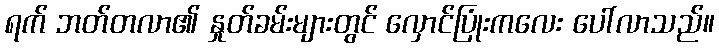
ရက် ဘတ်တလာ၏ နှုတ်ခမ်းများတွင် လှောင်ပြုံးကလေး ပေါ်လာသည်။